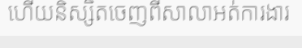
ហើយនិស្សិតចេញពីសាលាអត់ការងារ